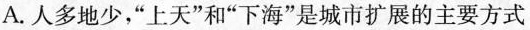
A.人多地少，”上天”和”下海”是城市扩展的主要方式